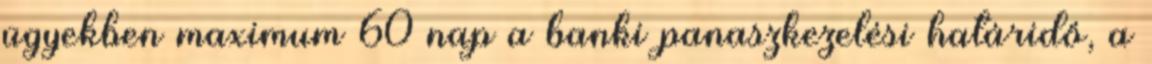
ügyekben maximum 60 nap a banki panaszkezelési határidő, a